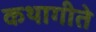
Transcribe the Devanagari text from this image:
कथागीते